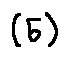
( 5 )